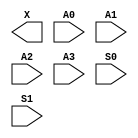
/**
 * Copyright 2020 The SkyWater PDK Authors
 *
 * Licensed under the Apache License, Version 2.0 (the "License");
 * you may not use this file except in compliance with the License.
 * You may obtain a copy of the License at
 *
 *     https://www.apache.org/licenses/LICENSE-2.0
 *
 * Unless required by applicable law or agreed to in writing, software
 * distributed under the License is distributed on an "AS IS" BASIS,
 * WITHOUT WARRANTIES OR CONDITIONS OF ANY KIND, either express or implied.
 * See the License for the specific language governing permissions and
 * limitations under the License.
 *
 * SPDX-License-Identifier: Apache-2.0
 */

`ifndef SKY130_FD_SC_MS__MUX4_BLACKBOX_V
`define SKY130_FD_SC_MS__MUX4_BLACKBOX_V

/**
 * mux4: 4-input multiplexer.
 *
 * Verilog stub definition (black box without power pins).
 *
 * WARNING: This file is autogenerated, do not modify directly!
 */

`timescale 1ns / 1ps
`default_nettype none

(* blackbox *)
module sky130_fd_sc_ms__mux4 (
    X ,
    A0,
    A1,
    A2,
    A3,
    S0,
    S1
);

    output X ;
    input  A0;
    input  A1;
    input  A2;
    input  A3;
    input  S0;
    input  S1;

    // Voltage supply signals
    supply1 VPWR;
    supply0 VGND;
    supply1 VPB ;
    supply0 VNB ;

endmodule

`default_nettype wire
`endif  // SKY130_FD_SC_MS__MUX4_BLACKBOX_V